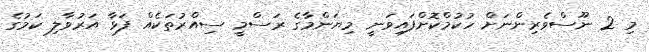
މި 2 ނޫސްވެރިންނަށް ހުކުމްކޮށްފައިވަނީ މިޔަންމާގެ ރަސްމީ ސިއްރުތަކެއް ފަޅާ އަރުވާލި ކަމުގެ